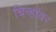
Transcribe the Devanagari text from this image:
चिन्हांवर